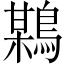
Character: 𪃏